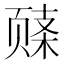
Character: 𬱧